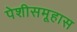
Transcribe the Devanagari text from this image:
पेशीसमूहास